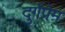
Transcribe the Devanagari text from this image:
दुर्गप्रेम